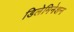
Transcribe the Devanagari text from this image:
डिलेमिनेशन